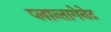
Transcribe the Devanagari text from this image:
प्लान्तागेनेट